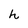
Character: h